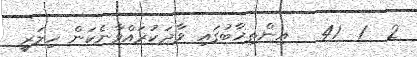
2  1  41   އިންތިޚާބުގައި ވާދަކުރައްވާނެކަން ހިލަރީ